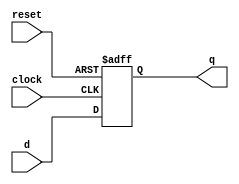
/*
 * D-Type Flip Flop w/ AClr
 * ========================
 *
 * A simple D-Type Flip Flop Example with
 * asynchronous clear/reset input.
 *
 */

module DFlipFlopWithAclr (
    input clock,
    input reset,
    input d, 
    output reg q
);
always @( posedge clock or posedge reset) begin //At to rising edge of clock or reset 
    if (reset) begin //If the reset signal is high
        q <= 1'b0; //Clear the output q
    end else begin
        q <= d;    //Otherwise load the input value d onto the output q.
    end
end
endmodule